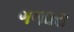
ગળધરા